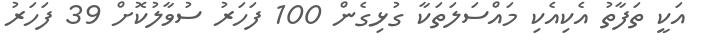
އަކީ ތަފާތު އެކިއެކި މައްސަލަތަކާ ގުޅިގެން 100 ފަހަރު ސުވާލުކޮށް 39 ފަހަރު